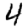
Digit: 4